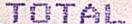
TOTAL